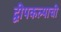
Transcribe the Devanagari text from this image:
द्वीपकल्पाची